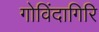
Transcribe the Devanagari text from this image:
गोविंदागिरि